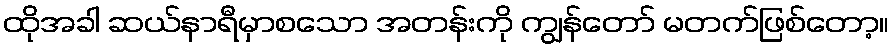
ထိုအခါ ဆယ်နာရီမှာစသော အတန်းကို ကျွန်တော် မတက်ဖြစ်တော့။